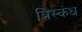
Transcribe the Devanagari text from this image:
त्रिस्कंध